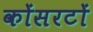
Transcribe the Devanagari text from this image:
कोंसरटों